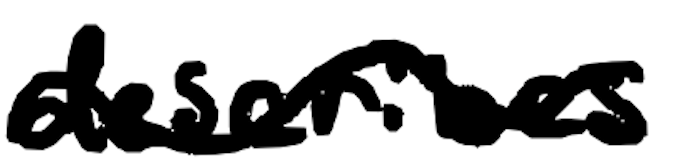
Text: describes
Cross-out: wave
Writing tool: digital_black